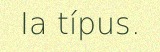
Ia típus.